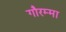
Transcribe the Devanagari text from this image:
गौरम्मा